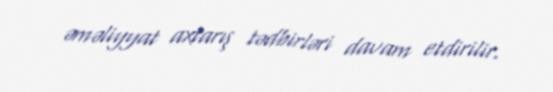
əməliyyat axtarış tədbirləri davam etdirilir.